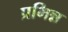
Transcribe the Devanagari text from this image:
प्रभिन्न